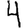
Digit: 4